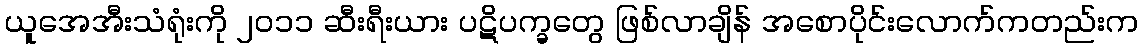
ယူအေအီးသံရုံးကို ၂၀၁၁ ဆီးရီးယား ပဋိပက္ခတွေ ဖြစ်လာချိန် အစောပိုင်းလောက်ကတည်းက